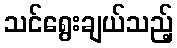
သင်ရွေးချယ်သည့်